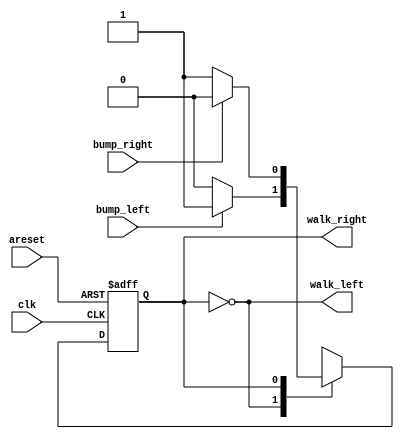
module top_module (
	input clk,
	input areset,
	input bump_left,
	input bump_right,
	output walk_left,
	output walk_right
);

	// Give state names and assignments. I'm lazy, so I like to use decimal numbers.
	// It doesn't really matter what assignment is used, as long as they're unique.
	parameter WL=0, WR=1;
	reg state;
	reg next;
    
    
    // Combinational always block for state transition logic. Given the current state and inputs,
    // what should be next state be?
    // Combinational always block: Use blocking assignments.    
    always@(*) begin
		case (state)
			WL: next = bump_left  ? WR : WL;
			WR: next = bump_right ? WL : WR;
		endcase
    end
    
    
    // Combinational always block for state transition logic. Given the current state and inputs,
    // what should be next state be?
    // Combinational always block: Use blocking assignments.    
    always @(posedge clk, posedge areset) begin
		if (areset) state <= WL;
        else state <= next;
	end
		
		
	// Combinational output logic. In this problem, an assign statement are the simplest.
	// In more complex circuits, a combinational always block may be more suitable.		
	assign walk_left = (state==WL);
	assign walk_right = (state==WR);

	
endmodule